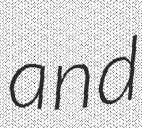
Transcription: and